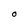
Character: O